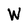
Character: W